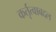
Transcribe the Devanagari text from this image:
कर्तृत्वाबद्दल